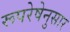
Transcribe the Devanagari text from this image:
रूपरेषेनुसार